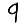
Digit: 9